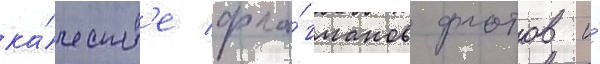
ка́честв'е фла́гманов флотов и́